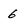
Character: 6